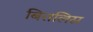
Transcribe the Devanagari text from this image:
बितलिस